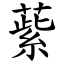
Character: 䔝